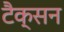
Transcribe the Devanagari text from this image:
टैक्सन